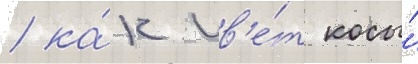
/ ка́к цв'е́т косы́